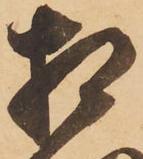
相